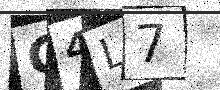
Text: G4L7